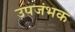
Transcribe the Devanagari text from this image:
उपजंभक